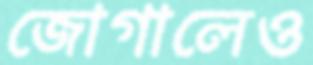
জোগালেও